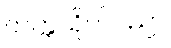
တက္ကသိုလ်ပညာ